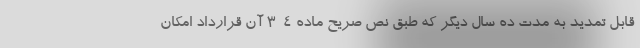
قابل تمدید به مدت ده سال دیگر که طبق نص صریح ماده 4-3 آن قرارداد امکان